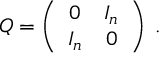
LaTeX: Q = \left( \begin{array} { c c } { { 0 } } & { { I _ { n } } } \\ { { I _ { n } } } & { { 0 } } \end{array} \right) \; .